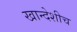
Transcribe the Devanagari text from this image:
खान्देशीच